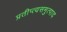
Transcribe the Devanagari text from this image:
प्रतीप्त्यसमुत्पाद